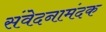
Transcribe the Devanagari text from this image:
संवेदनामंदक